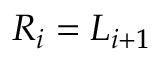
R _ { i } = L _ { i + 1 }